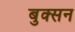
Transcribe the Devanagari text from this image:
बुक्सन